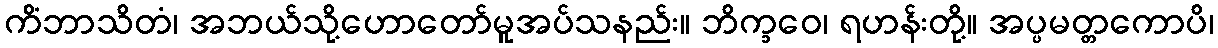
ကိံဘာသိတံ၊ အဘယ်သို့ဟောတော်မူအပ်သနည်း။ ဘိက္ခဝေ၊ ရဟန်းတို့။ အပ္ပမတ္တကောပိ၊